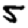
Digit: 5